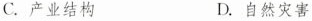
C.产业结构 D.自然灾害